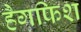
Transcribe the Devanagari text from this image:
हैगफिश